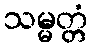
သမ္မတ္တံ